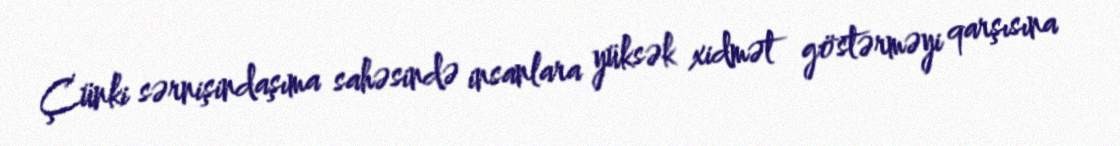
Çünki sərnişindaşıma sahəsində insanlara yüksək xidmət göstərməyi qarşısına